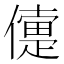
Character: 𠏴